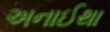
અનાઈથા